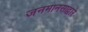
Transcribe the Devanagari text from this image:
जनमानसाद्वारे